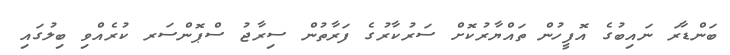
ބަންޑާރަ ނައިބުގެ އޮފީހުން ތައްޔާރުކޮށް ސަރުކާރުގެ ފަރާތުން ސިރާޖު ސްޕޮންސަރ ކުރެއްވި ބިލުގައި